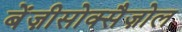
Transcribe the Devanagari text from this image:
बेंज़ीसोक्सैज़ोल